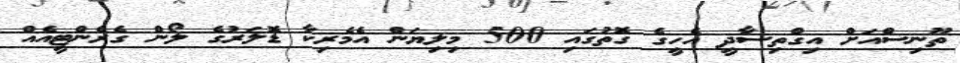
ތޫނިސްއަށް އިގްތިސާދީ އެހީގެ ގޮތުގައި 500 މިލިޔަން އެމެރިކާ ޑޮލަރުގެ ލޯން ގެރެންޓީއެއް